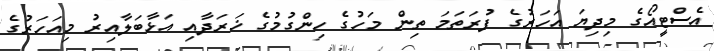
އެސްޓީއޯގެ މިދިޔަ އަހަރުގެ ފުރަތަމަ ތިން މަހުގެ ހިންގުމުގެ ޚަރަދާއި އަޅާބަލާއިރު މިއަހަރުގެ